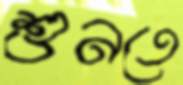
শুনতে